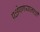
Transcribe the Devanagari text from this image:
प्रक्षेपणयानाची